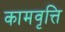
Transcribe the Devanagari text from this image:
कामवृत्ति